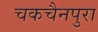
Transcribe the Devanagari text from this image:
चकचैनपुरा